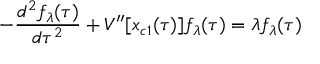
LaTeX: - { \frac { d ^ { 2 } f _ { \lambda } ( \tau ) } { d \tau ^ { 2 } } } + V ^ { \prime \prime } [ x _ { c 1 } ( \tau ) ] f _ { \lambda } ( \tau ) = \lambda f _ { \lambda } ( \tau )